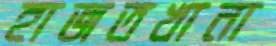
হাজতখানা